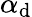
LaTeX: \alpha_{\mathrm{d}}